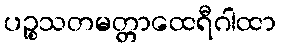
ပဉ္စသတမတ္တာထေရီဂါထာ